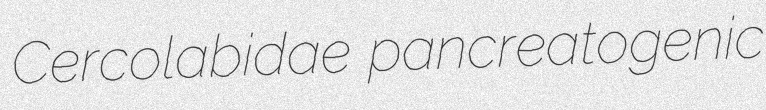
Cercolabidae pancreatogenic